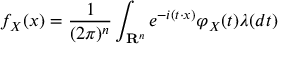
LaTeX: f _ { X } ( x ) = { \frac { 1 } { ( 2 \pi ) ^ { n } } } \int _ { \mathbf { R } ^ { n } } e ^ { - i ( t \cdot x ) } \varphi _ { X } ( t ) \lambda ( d t )